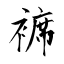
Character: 褯